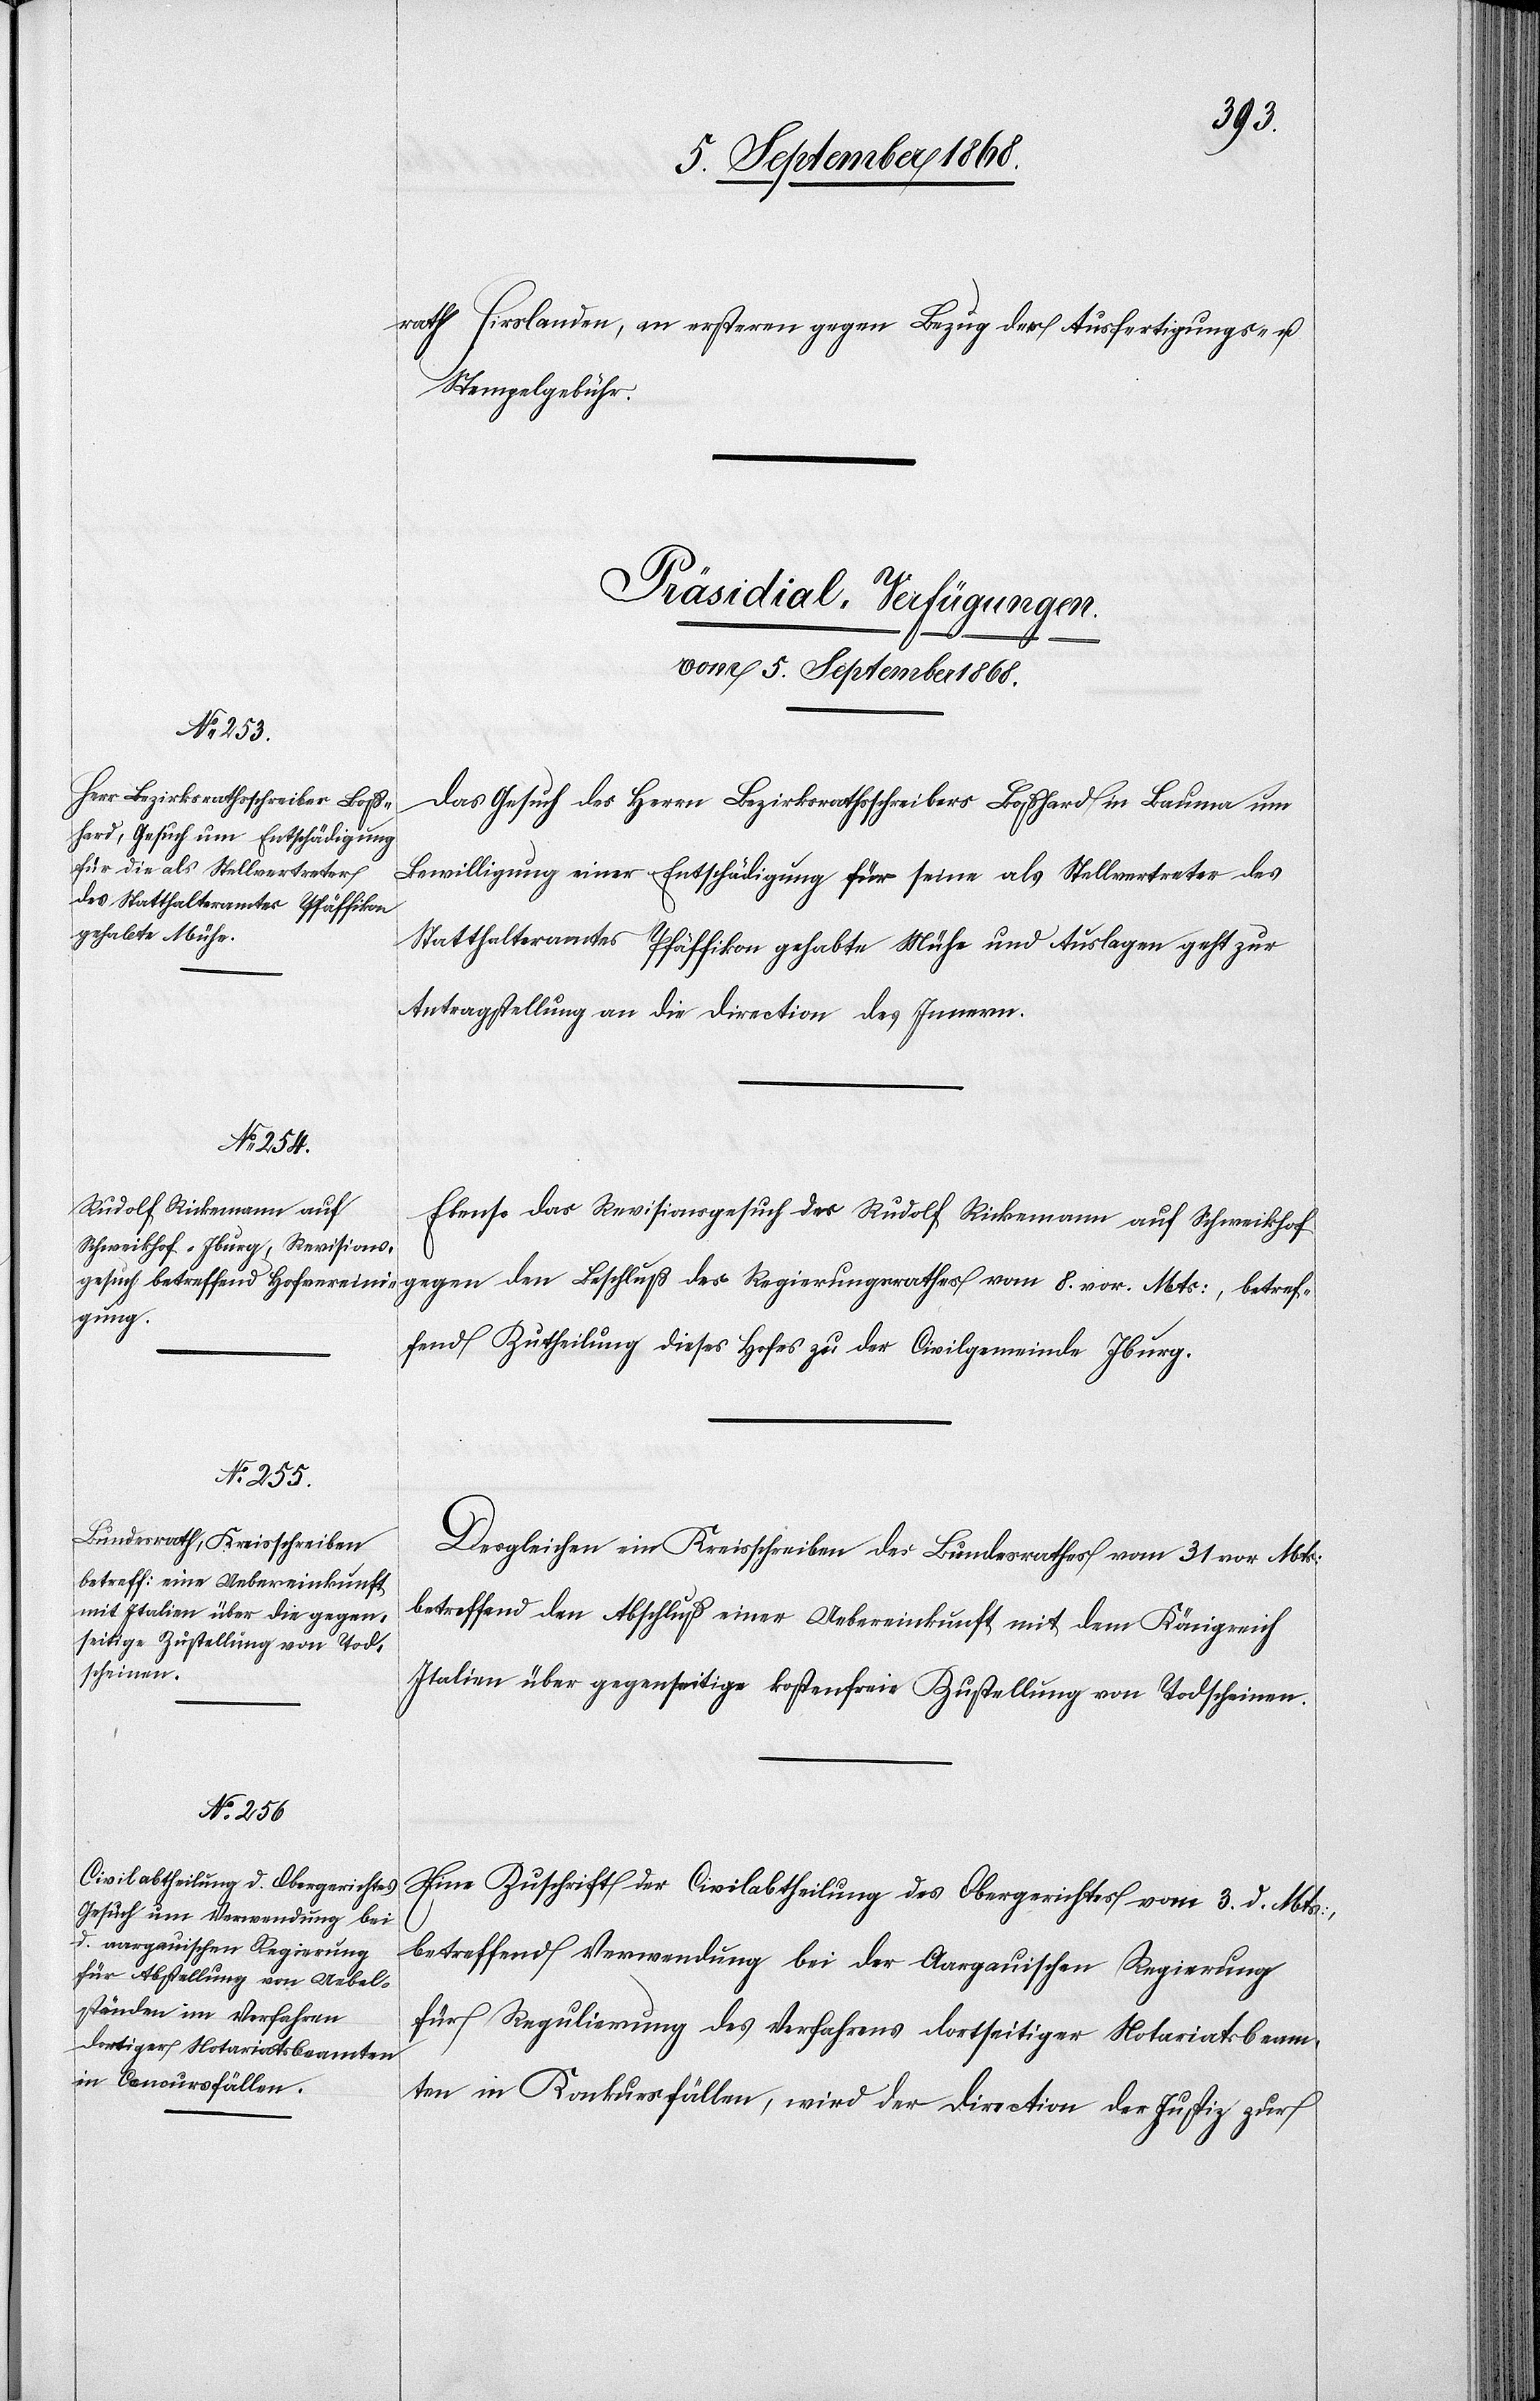
betref¬
rath Hirslanden, an ersteren gegen Bezug der Ausfertigungs- u.
Stempelgebühr.
[Präsidial-Verfügungen.
vom 5. September 1868.]
Das Gesuch des Herrn Bezirksrathsschreiber Boßhard in Bauma um
Bewilligung einer Entschädigung für seine als Stellvertreter des
Statthalteramtes Pfäffikon gehabte Mühe und Auslagen geht zur
Antragstellung an die Direction des Innern.
Ebenso das Revisionsgesuch des Rudolf Rickemann auf Schweikhof
fend Zutheilung dieses Hofes zu der Civilgemeinde Iburg.
Desgleichen ein Kreisschreiben des Bundesrathes vom 31. vor. Mts:
betreffend den Abschluß einer Uebereinkunft mit dem Königreich
Italien über gegenseitige kostenfreie Zustellung von Todscheinen.
Eine Zuschrift der Civilabtheilung des Obergerichtes vom 3. d. Mts:,
betreffend Verwendung bei der Aargauischen Regierung
für Regulierung des Verfahrens dortseitiger Notariatsbeam¬
ten in Konkursfällen, wird der Direction der Justiz zur